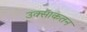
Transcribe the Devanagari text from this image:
उक्साकतन